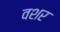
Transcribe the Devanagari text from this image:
वशर